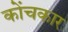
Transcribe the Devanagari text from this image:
कोंचकार